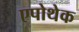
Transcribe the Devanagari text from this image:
एपोथेक